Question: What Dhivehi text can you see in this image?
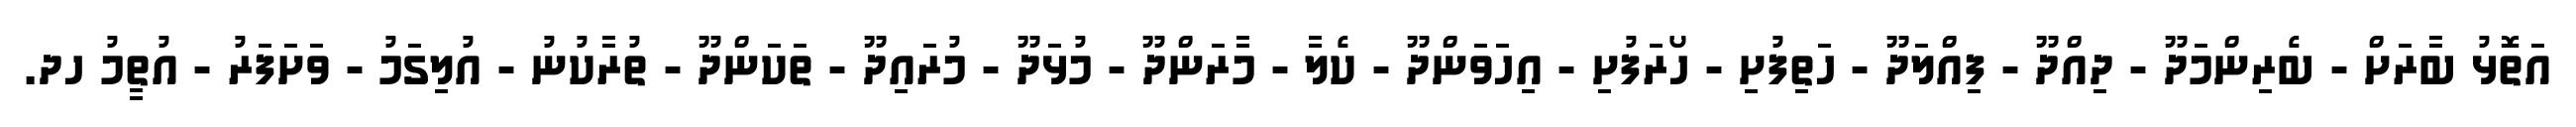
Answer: އަތޮޅު ބާރަށް - ބެރިންމަދޫ - ދިއްދޫ - ފިއްލަދޫ - ހަތިފުށި - ހޯރަފުށި - އިހަވަންދޫ - ކެލާ - މާރަންދޫ - މުޅަދޫ - މުރައިދޫ - ތަކަންދޫ - ތުރާކުނު - އުލިގަމު - ވަށަފަރު - އުތީމު ހދ.